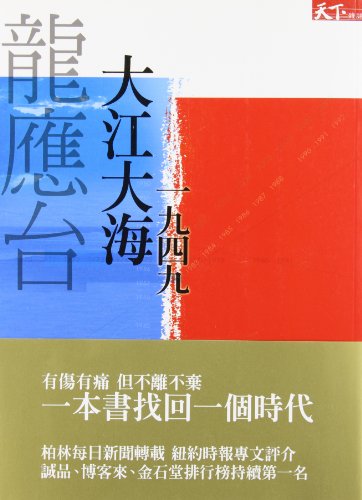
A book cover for Da Jiang Da Hai (Chinese Edition); Yingtai Long; Biographies & Memoirs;